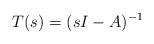
LaTeX: \begin{align*} T(s) = (sI - A)^{-1}\end{align*}